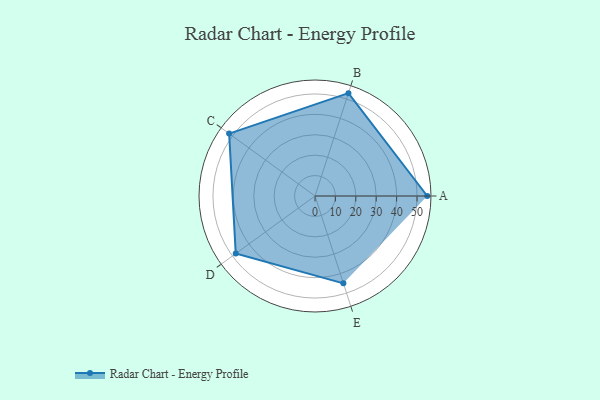
{"axis": {"x": "Skill", "y": "Score"}, "legend": ["Profile"], "data": [{"x": "A", "y": 55.0, "type": "Profile"}, {"x": "B", "y": 53.0, "type": "Profile"}, {"x": "C", "y": 52.0, "type": "Profile"}, {"x": "D", "y": 48.0, "type": "Profile"}, {"x": "E", "y": 45.0, "type": "Profile"}]}